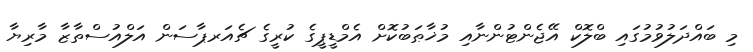
މި ބައްދަލުވުމުގައި ބްލޮކް އޭޖެންޓުންނާއި މުޚާޠަބުކޮށް އެމްޑީޕީގެ ކުރީގެ ޗެއަރޕާސަން އަލްއުސްތާޒާ މާރިޔާ